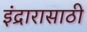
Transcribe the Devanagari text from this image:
इंद्रारासाठी